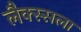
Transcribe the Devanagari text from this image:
लैक्स्सला